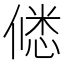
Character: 𭝲